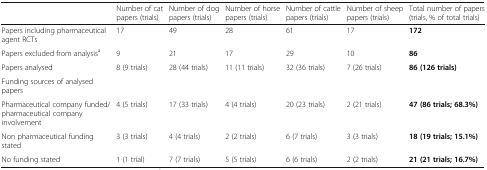
|  | Number of cat papers (trials) | Number of dog papers (trials) | Number of horse papers (trials) | Number of cattle papers (trials) | Number of sheep papers (trials) | Total number of papers (trials, % of total trials) |
 | --- | --- | --- | --- | --- | --- | --- |
 | Papers including pharmaceutical agent RCTs | 17 | 49 | 28 | 61 | 17 | 172 |
 | Papers excluded from analysisa | 9 | 21 | 17 | 29 | 10 | 86 |
 | Papers analysed | 8 (9 trials) | 28 (44 trials) | 11 (11 trials) | 32 (36 trials) | 7 (26 trials) | 86 (126 trials) |
 | <COLSPAN=7> Funding sources of analysed papers |
 | Pharmaceutical company funded/pharmaceutical company involvement | 4 (5 trials) | 17 (33 trials) | 4 (4 trials) | 20 (23 trials) | 2 (21 trials) | 47 (86 trials; 68.3%) |
 | Non pharmaceutical funding stated | 3 (3 trials) | 4 (4 trials) | 2 (2 trials) | 6 (7 trials) | 3 (3 trials) | 18 (19 trials; 15.1%) |
 | No funding stated | 1 (1 trial) | 7 (7 trials) | 5 (5 trials) | 6 (6 trials) | 2 (2 trials) | 21 (21 trials; 16.7%) |